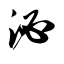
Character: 泌